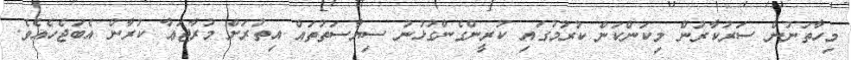
މިހާތަނުން ސަރުކާރުން މިކަންކަން ކުރުމުގައި ކުރީންގެންގުޅުނު ސިޔާސަތުތައް އިތުރަށް މުރާޖަޢާ ކުރާން އެބަޖެހެއެވެ.